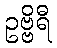
ဥဗ္ဗိရီ